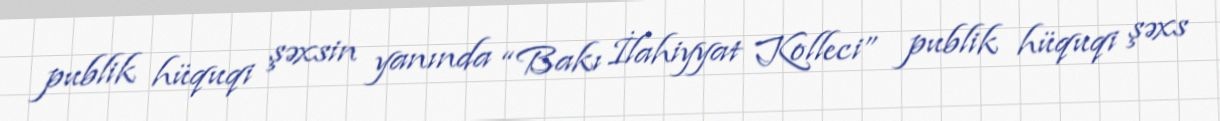
publik hüquqi şəxsin yanında “Bakı İlahiyyat Kolleci” publik hüquqi şəxs